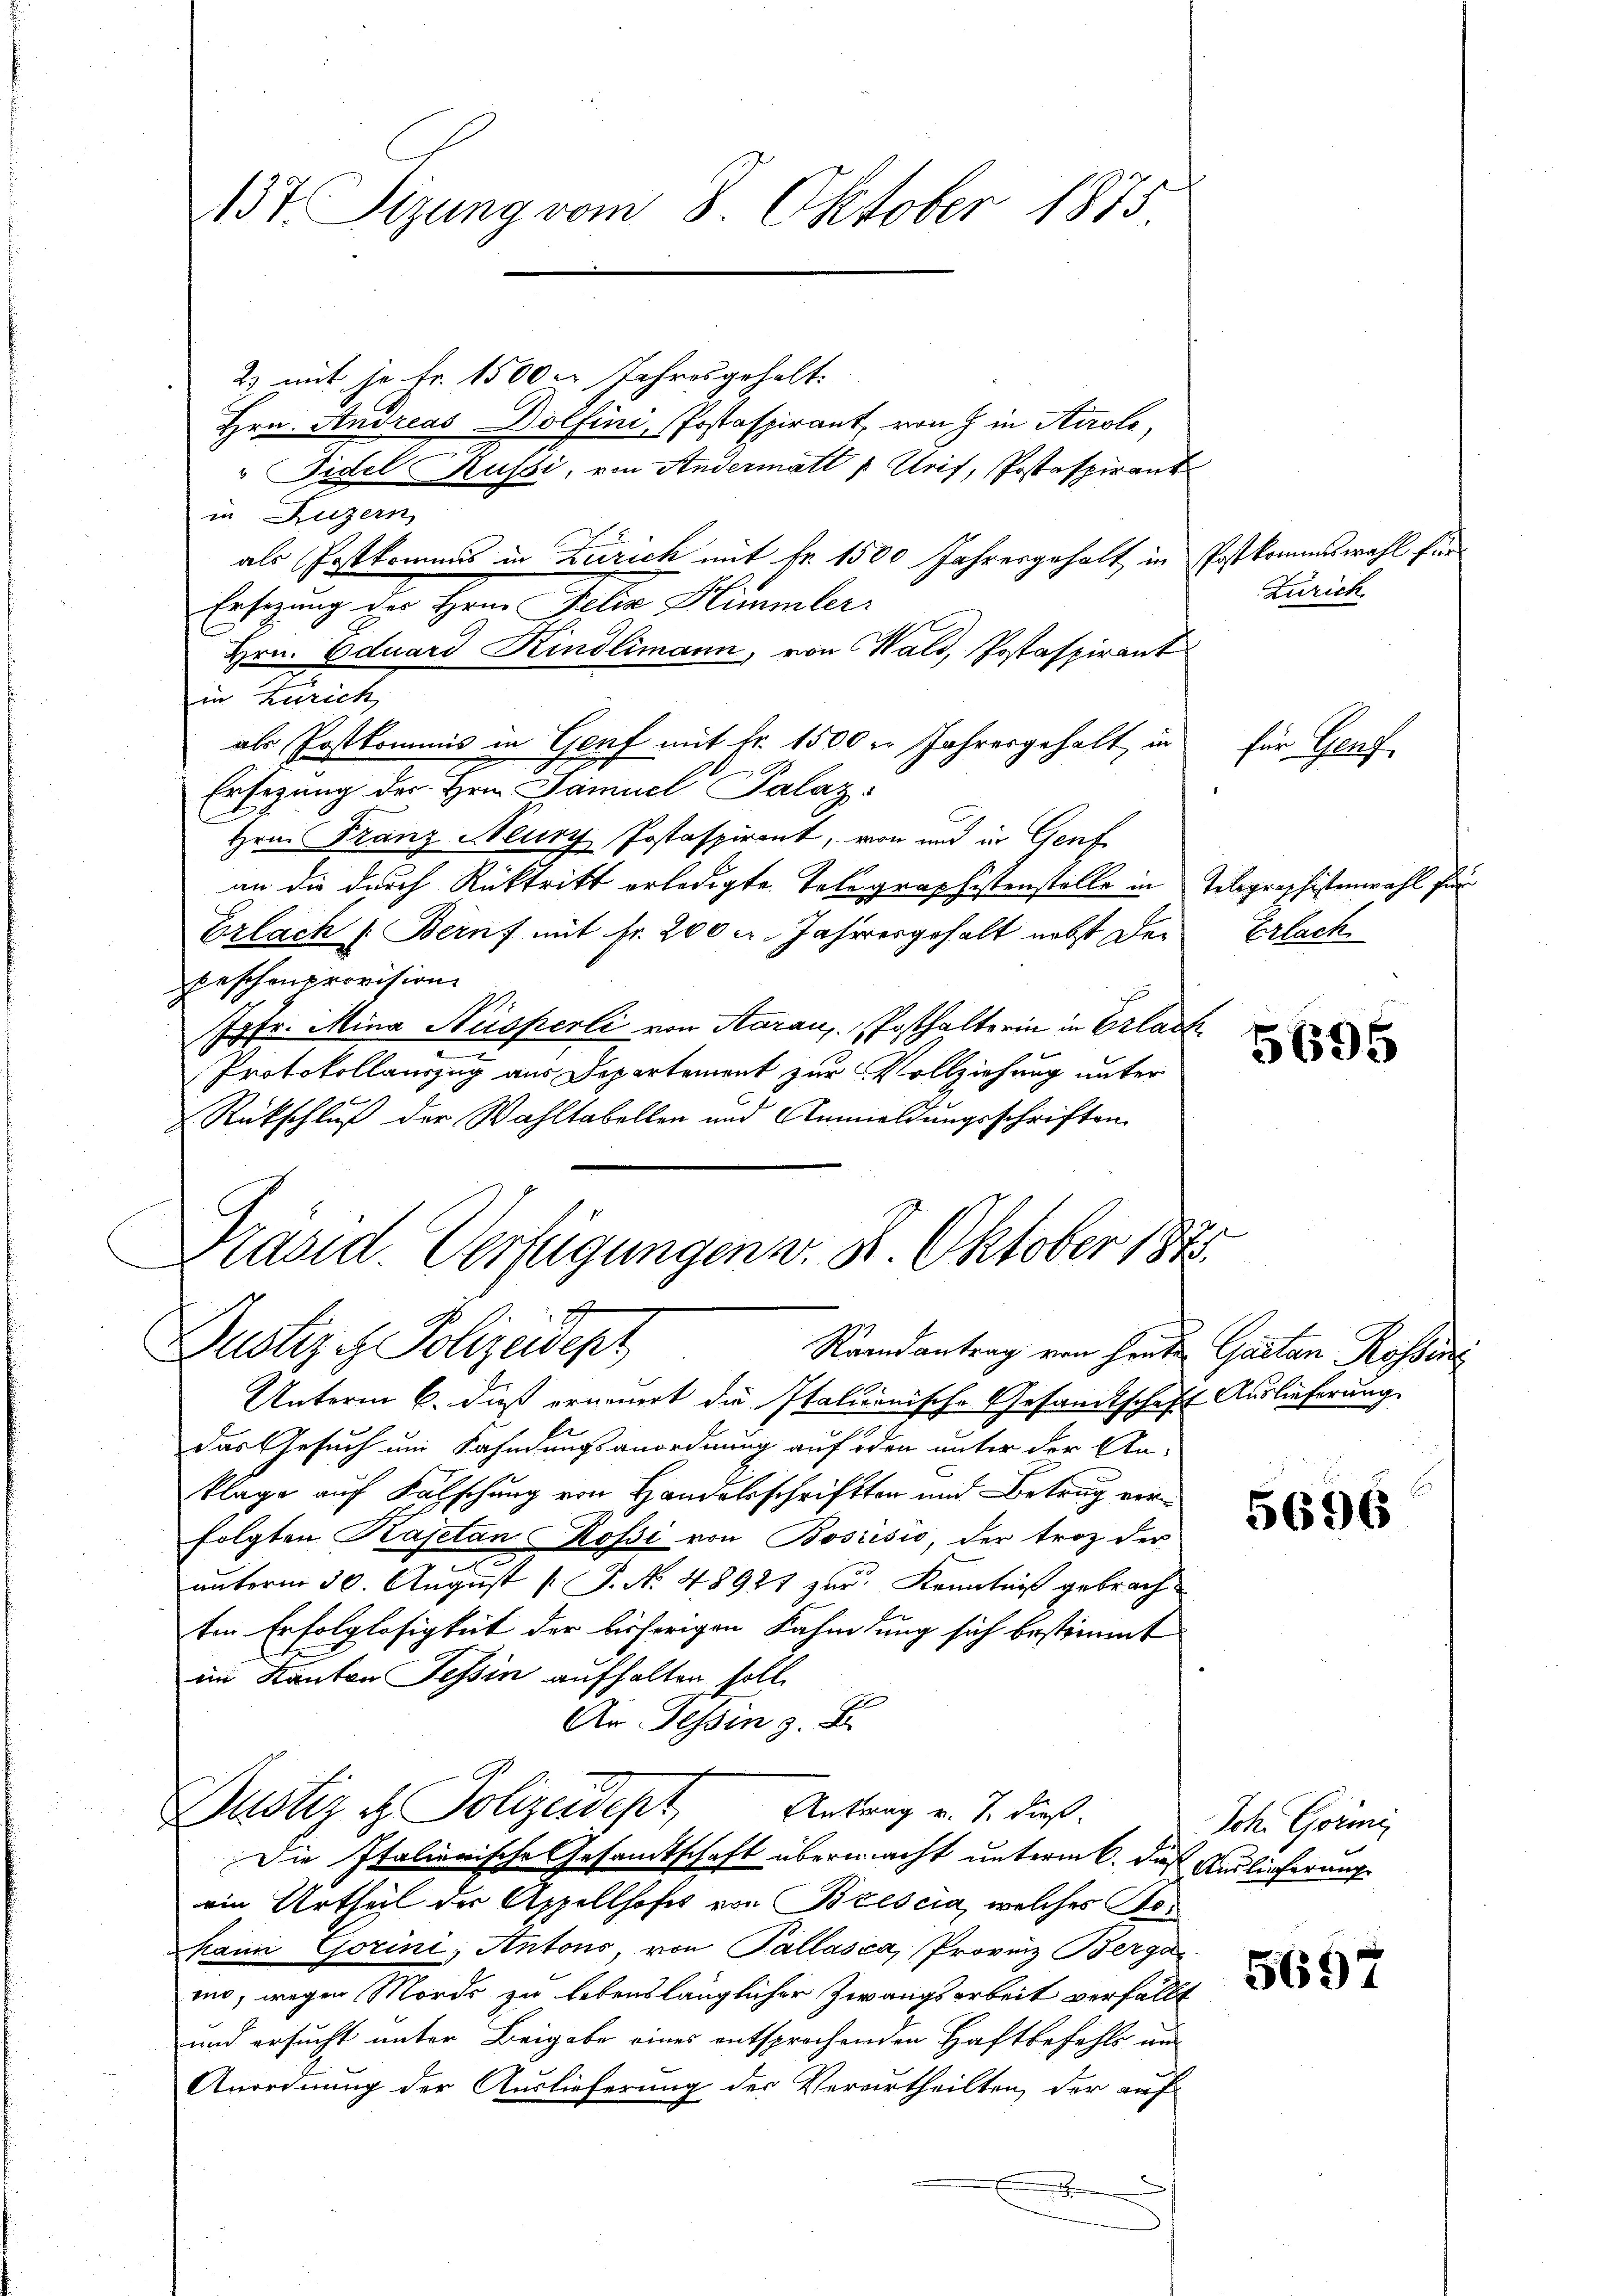
137. Tizung vom 8. Oktober 1875

2) mit je Fr. 1500 l. Jahresgehalt.
Hrn. Andreas Dolfini, Postaspirant, von J. in Airolo,
" Fidel Kussi, von Andermatt 1 Trif, Postaspirant
in Luzern,
als Postkommis in Zürich mit Fr. 1500 Jahresgehalt in Postkommswahl für
Ersezung des Hrn. Felix Himmler
Hrn. Eduard Kindlimann, von Wald, Postaspirant
in Zürich,
als Postkommis in Genf mit fr. 1500 n Jahresgehalt in
Ersezung des Hrn. Samuel Palaz:
Hrn. Franz Alury Postaspirant, von und in Genf
an die durch Rücktritt erledigte Telegraphistenstelle in Telegraphistenwahl für
Erlach Bernf mit fr. 200 u. Jahresgehalt nebst der
peschenprovision
Jgfr. Mina Nesperli von Aarau, Posthalterin in Erlack
Protokollauszug aus Departemont zur Vollziehung unter
Rückschluß der Wahltabellen und Anmeldungsschriften
Präsid. Verfügungen v. 8. Oktober 1873.

x
Justiz & Polizeisept
Raandantrag von heute Gaetan Rossen

Unterm 6. daß erneuert die Italienische Gesandtschaft Auslieferung.
das Gesuch um Kahndungsanordnung auf oder unter der An-
klage auf Fälschung von Handelsschriften und Betrug verfolgten Kapetan Rossi von Bosiisio, der troz der
unterm 30. August [ P. N. 48921 zur Kenntniß gebrachten Erfolglosigkeit der bisherigen Kahndung sich bestimmt
im Kanton Tessin aufhalten soll.
Ar Tessin z. B.
Dustiz u. Polizeidept
Antrag v. 7. dieß.
Die Italienische Gesamtschaft übermacht unterm 6. daß Auslieferung
ein Urtheil der Appellhofes von Brescia, welches For
kann Görini, Antons von Pallasia, Provinz Bergan
mo, wegen Morde zu lebenslänglicher Zwangsarbeit verfällt
und ersucht unter Beigabe eines entsprochenden Haftbefehls am
Anordnung der Auslieferung des Verurtheilten, der auf
.

Zürich.

für Genf

Erlach.

5695

5696

Joh. Görmi

5697